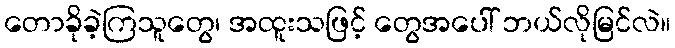
တောခိုခဲ့ကြသူတွေ၊ အထူးသဖြင့် တွေအပေါ် ဘယ်လိုမြင်လဲ။